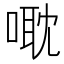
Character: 𠹆